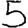
Digit: 5